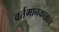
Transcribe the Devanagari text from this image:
वर्तमानकाळाचे